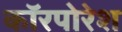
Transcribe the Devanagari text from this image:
कॉरपोरेश